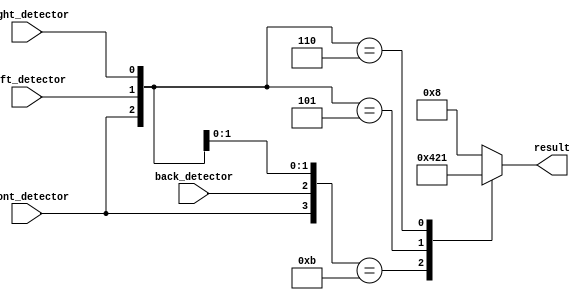
`timescale 1ns / 1ps
//////////////////////////////////////////////////////////////////////////////////
// Company: 
// Engineer: 
// 
// Design Name: 
// Module Name: handle_diretion
// Project Name: 
// Target Devices: 
// Tool Versions: 
// Description: 
// 
// Dependencies: 
// 
// Revision:
// Revision 0.01 - File Created
// Additional Comments:
// 
//////////////////////////////////////////////////////////////////////////////////


module handle_diretion(
input front_detector,
input back_detector,
input left_detector,
input right_detector,

output reg [3:0] result
    );
    always@(*)begin
    casex({front_detector,back_detector,left_detector, right_detector})
      4'b1011: result <= 4'b0100;   // |~|
      4'b0x11: result <= 4'b1000;   // | |
      4'b1x01: result <= 4'b0010;   //  ~~~|
      4'b1x10: result <= 4'b0001;   //  |~~~
      4'b0110: result <= 4'b1000;   //  |__
      4'b0101: result <= 4'b1000;   //  __|
      default result <= 4'b1000;      
    endcase
    end
    
endmodule